Vaccine operations Central Provinces 1900-1911 - 1900-1911
Year: 1900
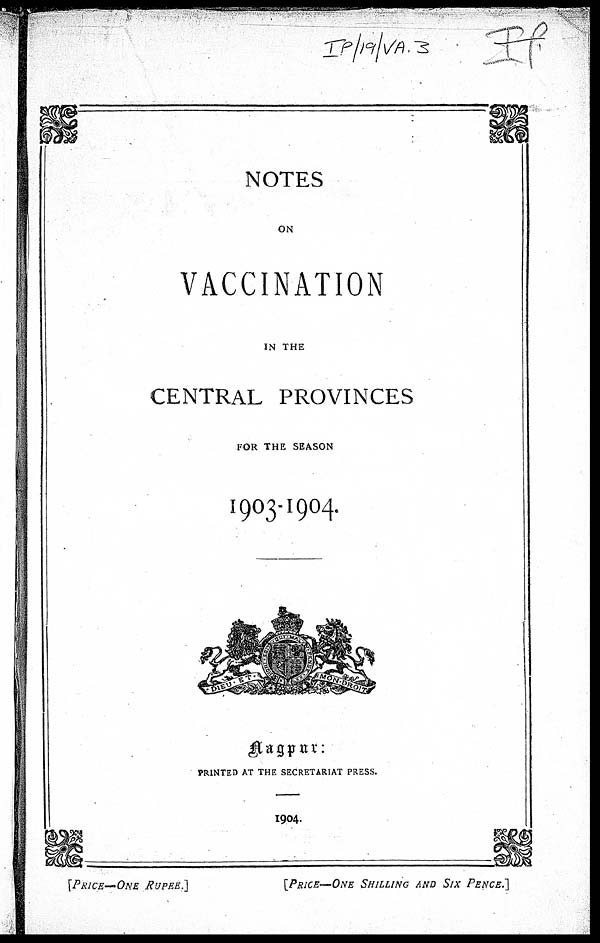
NOTES
ON
VACCINATION
IN THE
CENTRAL PROVINCES
FOR THE SEASON
1903-1904.
Nagpur:
PRINTED AT THE SECRETARIAT PRESS.
1904.
[PRICE—ONE RUPEE.]
[PRICE—ONE SHILLING AND SIX PENCE.]